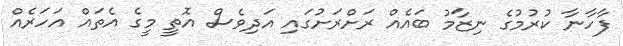
ފާހާނާ ކުރުމުގެ ނިޒާމު ބައެއް ރަށްރަށުގައި އަދިވެސް އޮތީ މީގެ އެތައް އަހަރެއް